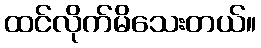
ထင်လိုက်မိသေးတယ်။